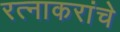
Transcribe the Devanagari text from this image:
रत्नाकरांचे